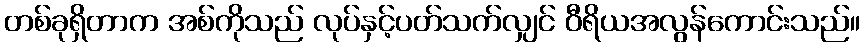
တစ်ခုရှိတာက အစ်ကိုသည် လုပ်နှင့်ပတ်သက်လျှင် ဝီရိယအလွန်ကောင်းသည်။